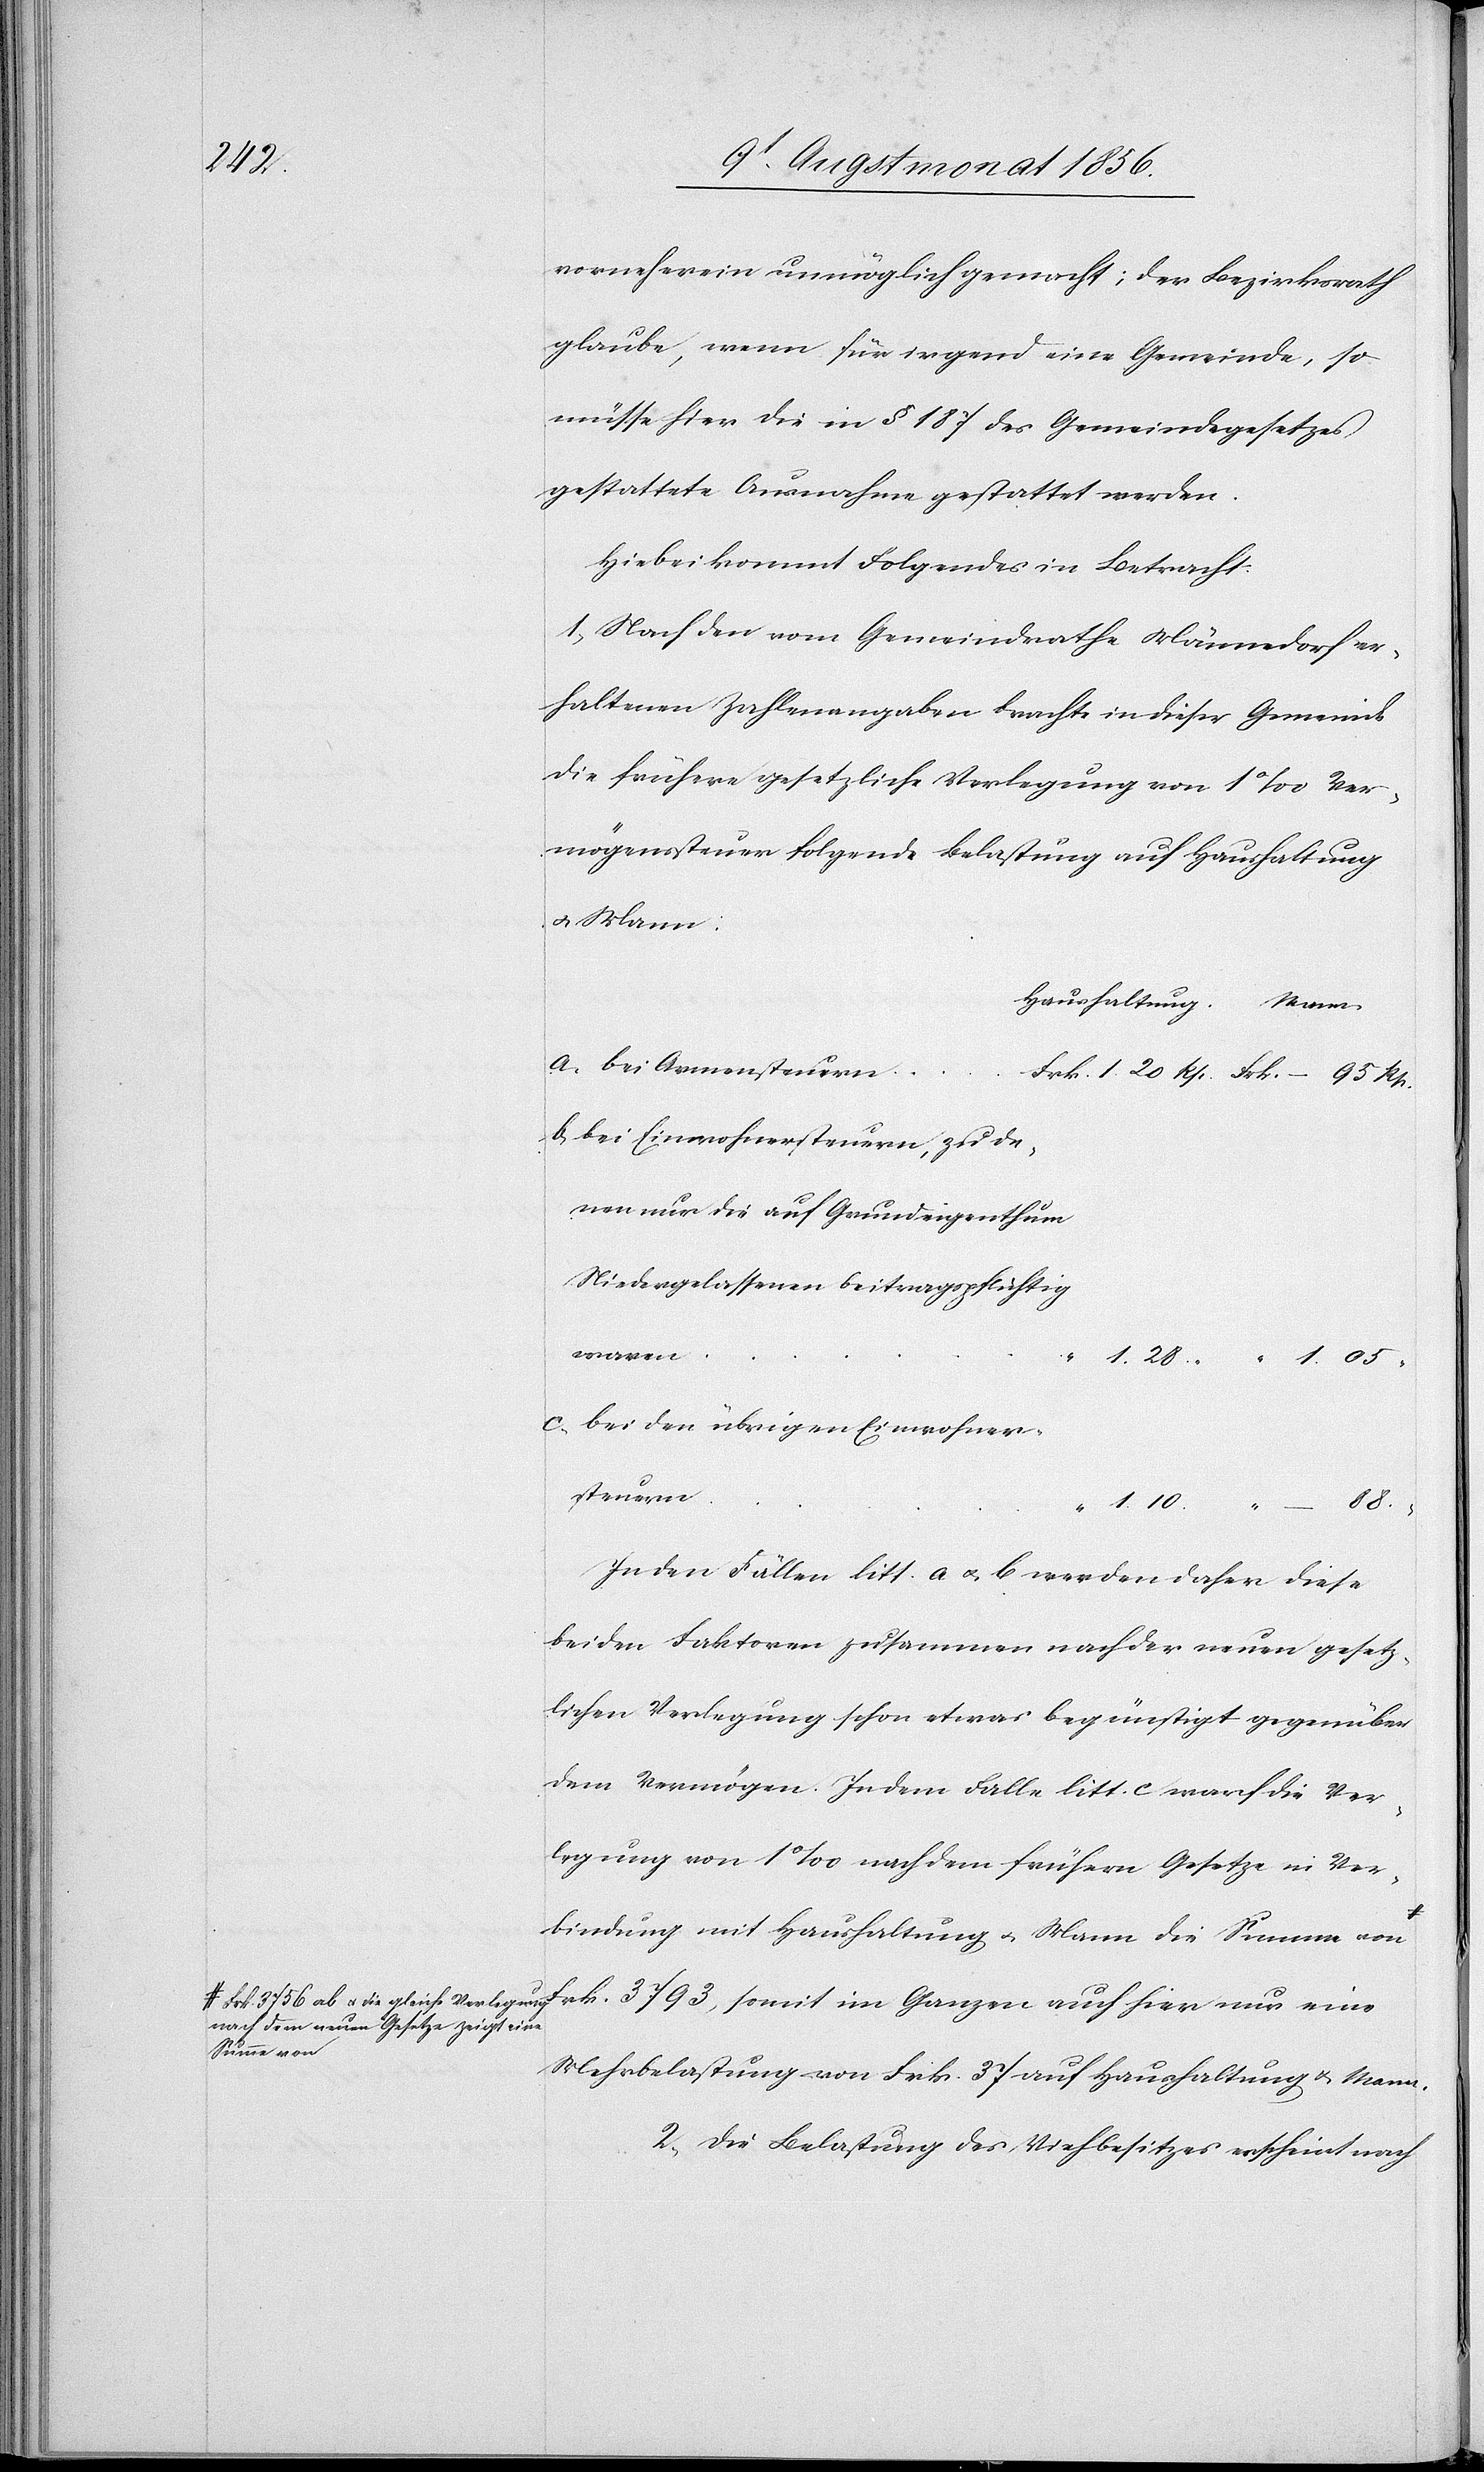
88.

vorneherein unmöglich gemacht; der Bezirksrath
glaube, wenn für irgend eine Gemeinde, so
müsse hier die in § 187 des Gemeindegesetzes
gestattete Ausnahme gestattet werden.
Hiebei kommt Folgendes in Betracht:
1.) Nach den vom Gemeindrathe Männedorf er¬
haltenen Zahlenangaben brachte in dieser Gemeinde
die frühere gesetzliche Verlegung von 1‰ Ver¬
mögenssteuer folgende Belastung auf Haushaltung
u. Mann:
Haushaltung.
bei Einwohnersteuern, zu de¬
nen nur die auf Grundeigenthum
Niedergelassenen beitragspflichtig
somit
im
bei den übrigen Einwohner¬
steuern
In den Fällen litt. a u. b. werden daher diese
beiden Faktoren zusammen nach der neuen gesetz¬
lichen Verlegung schon etwas begünstigt gegenüber
dem Vermögen. In dem Falle litt. c warf die Ver¬
legung von 1‰ nach dem frühern Gesetze in Ver¬
bindung mit Haushaltung u. Mann die Summe von
a-Frk. 3756 ab u. die gleiche Verlegung nach dem neuen Gesetze zeigt eine Summe von-a Frk. 3793,
Mehrbelastung von Frk. 37 auf Haushaltung u. Mann.
2.) Die Belastung des Viehbesitzes erscheint nach